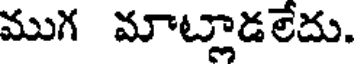
ముగ మాట్లాడలేదు.